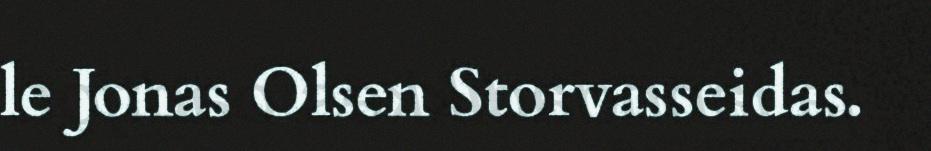
le Jonas Olsen Storvasseidas.